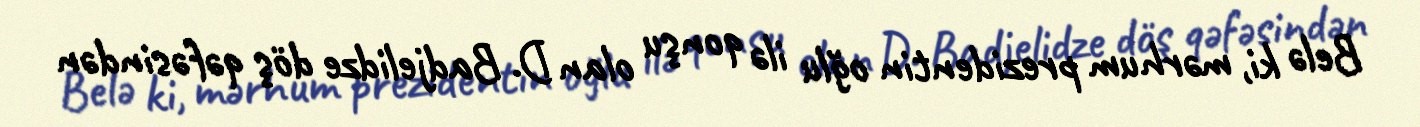
Belə ki, mərhum prezidentin oğlu ilə qonşu olan D. Badjelidze döş qəfəsindən